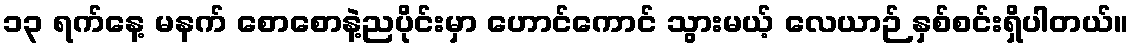
၁၃ ရက်နေ့ မနက် စောစောနဲ့ညပိုင်းမှာ ဟောင်ကောင် သွားမယ့် လေယာဉ် နှစ်စင်းရှိပါတယ်။